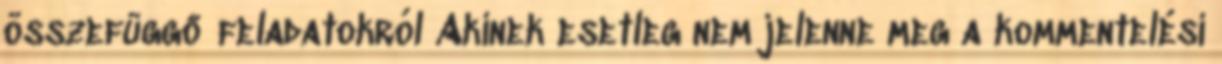
összefüggő feladatokról Akinek esetleg nem jelenne meg a kommentelési